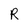
Character: R